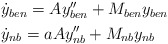
\begin{align*} \begin{aligned} & \dot y_{ben}=Ay''_{ben} +M_{ben}y_{ben} \\ & \dot y_{nb}=aAy''_{nb} +M_{nb}y_{nb}\end{aligned}\end{align*}